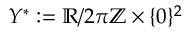
Y ^ { * } : = \mathbb { R } / 2 \pi \mathbb { Z } \times \{ 0 \} ^ { 2 }